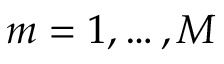
m = 1 , \dots , M